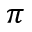
\pi